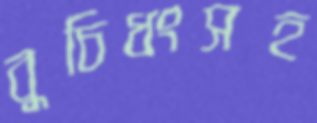
বুচিধংসহ